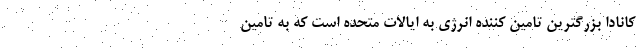
کانادا بزرگترین تامین کننده انرژی به ایالات متحده است که به تامین